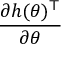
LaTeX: \frac { \partial h ( \theta ) ^ { \mathsf { T } } } { \partial \theta }